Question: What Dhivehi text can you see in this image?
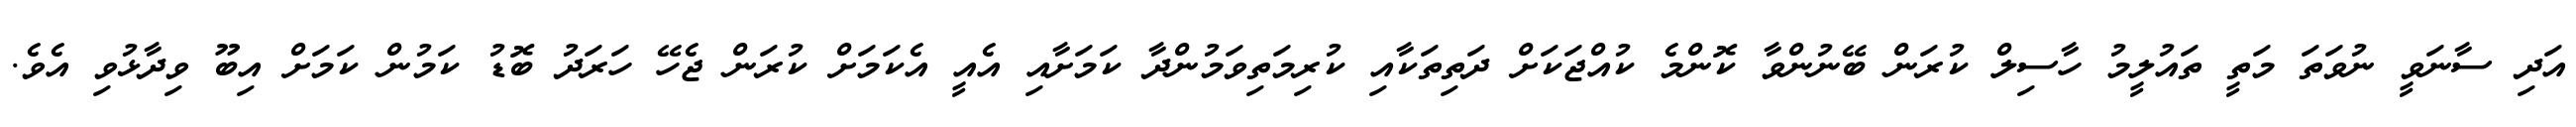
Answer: އަދި ސާނަވީ ނުވަތަ މަތީ ތައުލީމު ހާސިލް ކުރަން ބޭނުންވާ ކޮންމެ ކުއްޖަކަށް ދަތިތަކާއި ކުރިމަތިވަމުންދާ ކަމަށާއި އެއީ އެކަމަށް ކުރަން ޖެހޭ ހަރަދު ބޮޑު ކަމުން ކަމަށް އިބޫ ވިދާޅުވި އެވެ.